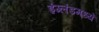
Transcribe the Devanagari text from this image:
इंग्लंडमध्यें